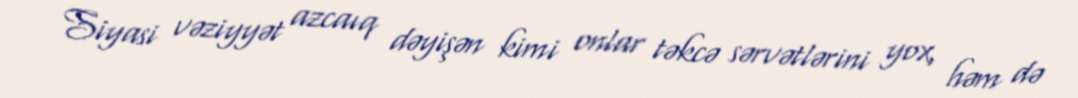
Siyasi vəziyyət azcaıq dəyişən kimi onlar təkcə sərvətlərini yox, həm də